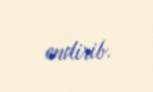
endirib.